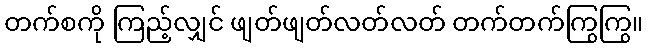
တက်စကို ကြည့်လျှင် ဖျတ်ဖျတ်လတ်လတ် တက်တက်ကြွကြွ။